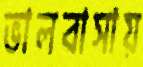
ভালবাসায়